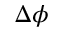
\Delta \phi